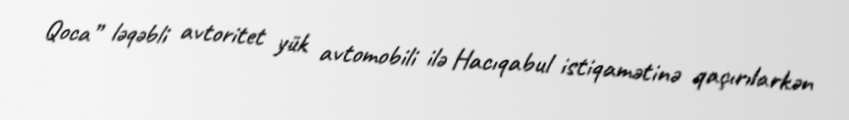
Qoca” ləqəbli avtoritet yük avtomobili ilə Hacıqabul istiqamətinə qaçırılarkən